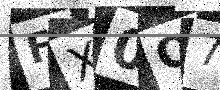
Text: FX0O71